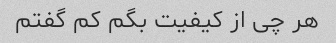
هر چی از کیفیت بگم کم گفتم